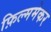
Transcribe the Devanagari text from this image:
फ़िल्ममेकर